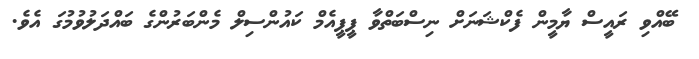
ބޭއްވި ރައީސް ޔާމީން ފެކްޝަނަށް ނިސްބަތްވާ ޕީޕީއެމް ކައުންސިލް މެންބަރުންގެ ބައްދަލުވުމުގަ އެވެ.